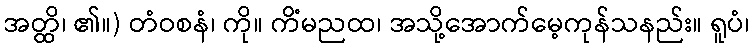
အတ္ထိ၊ ၏။) တံဝစနံ၊ ကို။ ကိံမညထ၊ အသို့အောက်မေ့ကုန်သနည်း။ ရူပံ၊